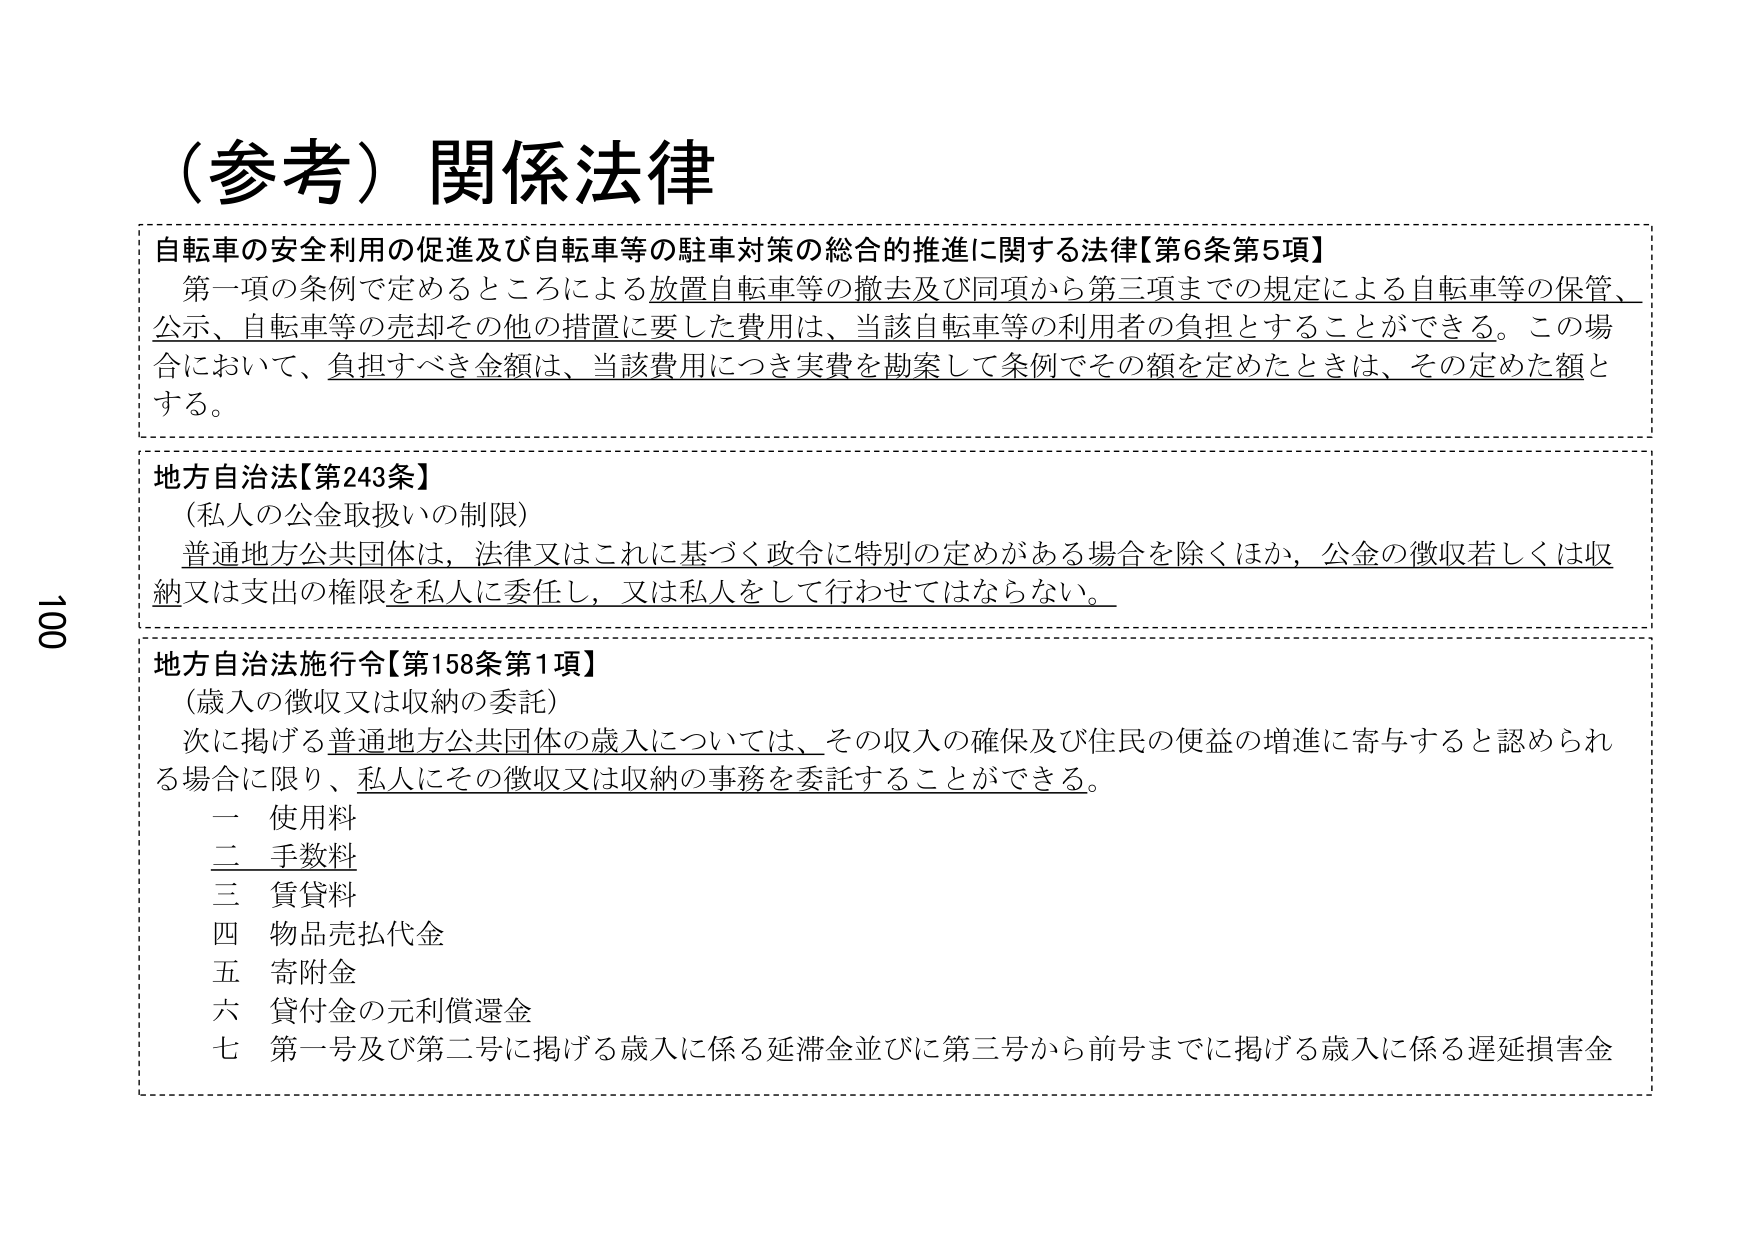
（参考）関係法律

自転車の安全利用の促進及び自転車等の駐車対策の総合的推進に関する法律【第6条第5項】
　第一項の条例で定めるところによる放置自転車等の撤去及び同項から第三項までの規定による自転車等の保管、
　公示、自転車等の売却その他の措置に要した費用は、当該自転車等の利用者の負担とすることができる。この場
　合において、負担すべき金額は、当該費用につき実費を勘案して条例でその額を定めたときは、その定めた額と
　する。

地方自治法【第243条】
　（私人の公金取扱いの制限）
　普通地方公共団体は、法律又はこれに基づく政令に特別の定めがある場合を除くほか、公金の徴収若しくは収
　納又は支出の権限を私人に委任し、又は私人をして行わせてはならない。

地方自治法施行令【第158条第1項】
　（歳入の徴収又は収納の委託）
　次に掲げる普通地方公共団体の歳入については、その収入の確保及び住民の便益の増進に寄与すると認められ
　る場合に限り、私人にその徴収又は収納の事務を委託することができる。
　　一　使用料
　　二　手数料
　　三　賃貸料
　　四　物品売払代金
　　五　寄附金
　　六　貸付金の元利償還金
　　七　第一号及び第二号に掲げる歳入に係る延滞金並びに第三号から前号までに掲げる歳入に係る遅延損害金

100